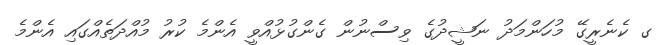
ގ ކެނެރީގޭ މުހަންމަދު ނަޝީދުގެ ވިސްނުން ގެންގުޅުއްވީ އެންމެ ކުރު މުއްދަތެއްގައި އެންމެ